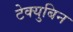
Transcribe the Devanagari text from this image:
टेक्युबिन